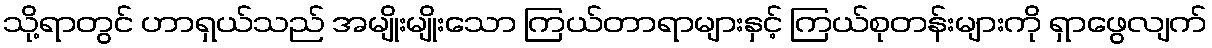
သို့ရာတွင် ဟာရှယ်သည် အမျိုးမျိုးသော ကြယ်တာရာများနှင့် ကြယ်စုတန်းများကို ရှာဖွေလျက်